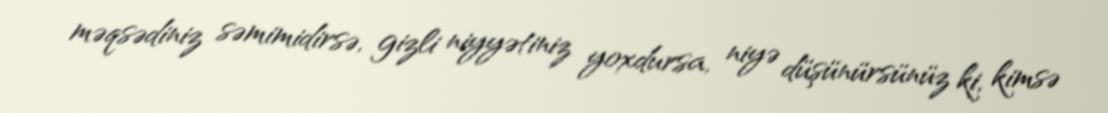
məqsədiniz səmimidirsə, gizli niyyətiniz yoxdursa, niyə düşünürsünüz ki, kimsə